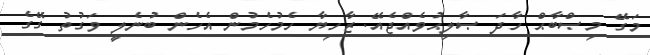
މަގޭ މިޞްބާޙް ހާދަ ޞާލިޙުވެއްޖެއޭ. ޒާހިޔާ ހެމުހެމުން އެހެން ބުނެލީ ވަގުތު ގޭގެ